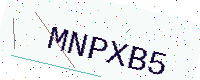
Text: MNPXB5